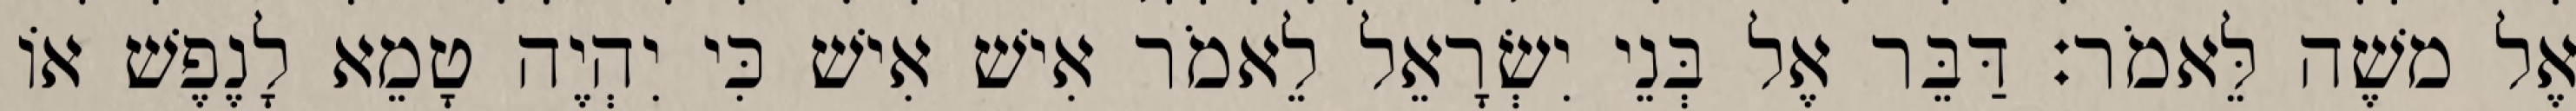
אֶל משֶׁה לֵּאמֹר׃ דַּבֵּר אֶל בְּנֵי יִשְׂרָאֵל לֵאמֹר אִישׁ אִישׁ כִּי יִהְיֶה טָמֵא לָנֶפֶשׁ אוֹ